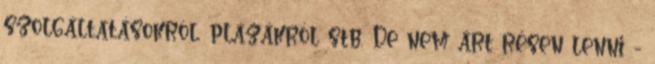
szolgáltatásokról, plázákról stb. De nem árt résen lenni -